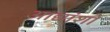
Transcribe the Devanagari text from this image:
आद्यांशों